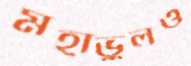
মহাভুলও